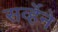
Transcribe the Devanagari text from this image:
सर्व्हेने